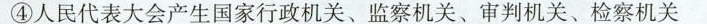
④人民代表大会产生国家行政机关、监察机关、审判机关、检察机关